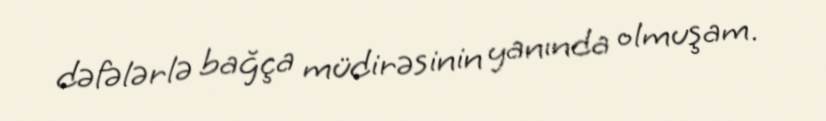
dəfələrlə bağça müdirəsinin yanında olmuşam.